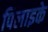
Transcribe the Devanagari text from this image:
पिलाइके